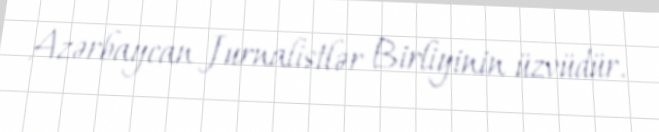
Azərbaycan Jurnalistlər Birliyinin üzvüdür.